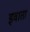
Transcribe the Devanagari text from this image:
इवाता